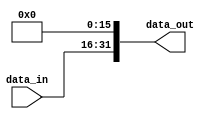
module shift_left_16_32 (

     input  wire [15:0] data_in,
     output wire [31:0] data_out

);

    assign data_out = data_in << 16;

endmodule